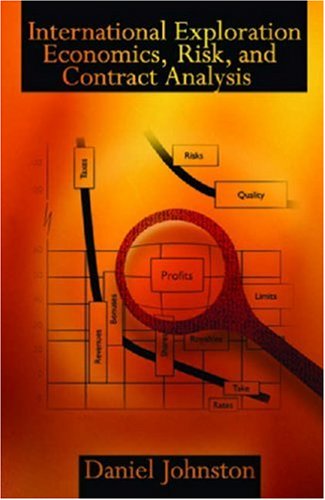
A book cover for International Exploration Economics, Risk, and Contract Analysis; Daniel Johnston; Business & Money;